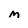
Character: M